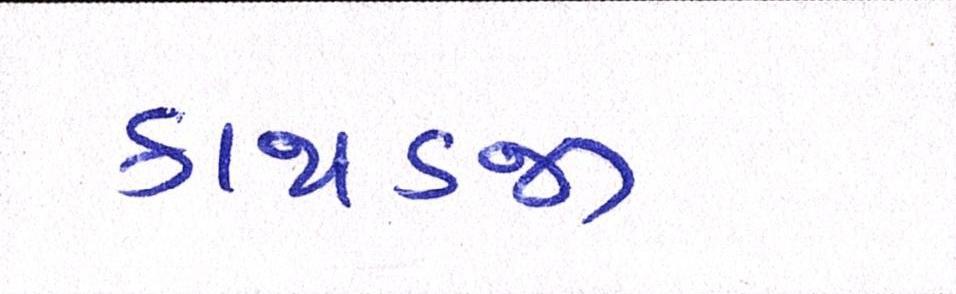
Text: કાથડજી